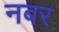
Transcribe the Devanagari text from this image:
नबर